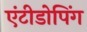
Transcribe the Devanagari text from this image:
एंटीडोपिंग